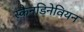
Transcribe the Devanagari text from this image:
स्कैनडिनेवियन